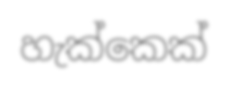
හැක්කෙක්